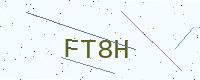
Text: FT8H